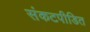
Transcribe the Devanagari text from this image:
संकटपीडित